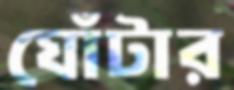
ঘোঁটার